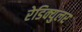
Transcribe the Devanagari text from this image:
रेडिक्युलर